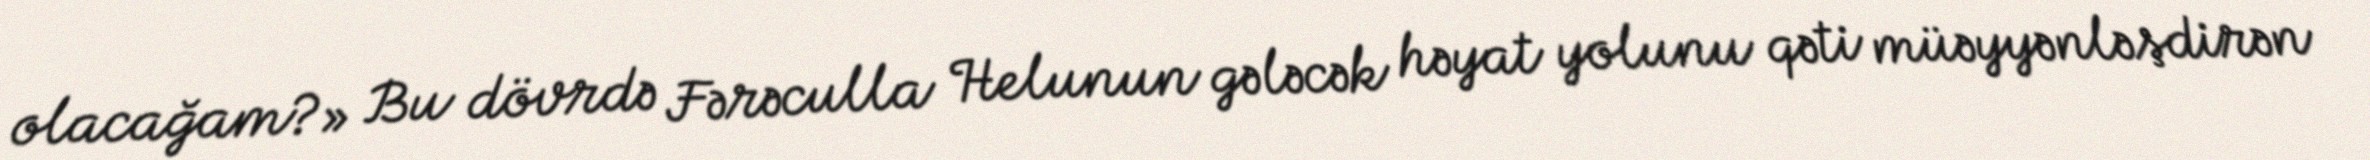
olacağam?» Bu dövrdə Fərəculla Helunun gələcək həyat yolunu qəti müəyyənləşdirən